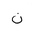
Letter: _non